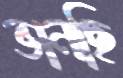
ভানছি